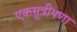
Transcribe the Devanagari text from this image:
एकसूत्रीपणा